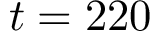
t = 2 2 0